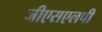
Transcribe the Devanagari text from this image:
जीएसएलपी